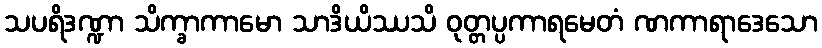
သပရိဒဏ္ဍာ သိက္ခာကာမော သာဒိယိဿသိ ဝုတ္တပ္ပကာရမေတံ ဏကာရာဒေသော